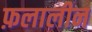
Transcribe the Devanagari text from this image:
फ़लालीन